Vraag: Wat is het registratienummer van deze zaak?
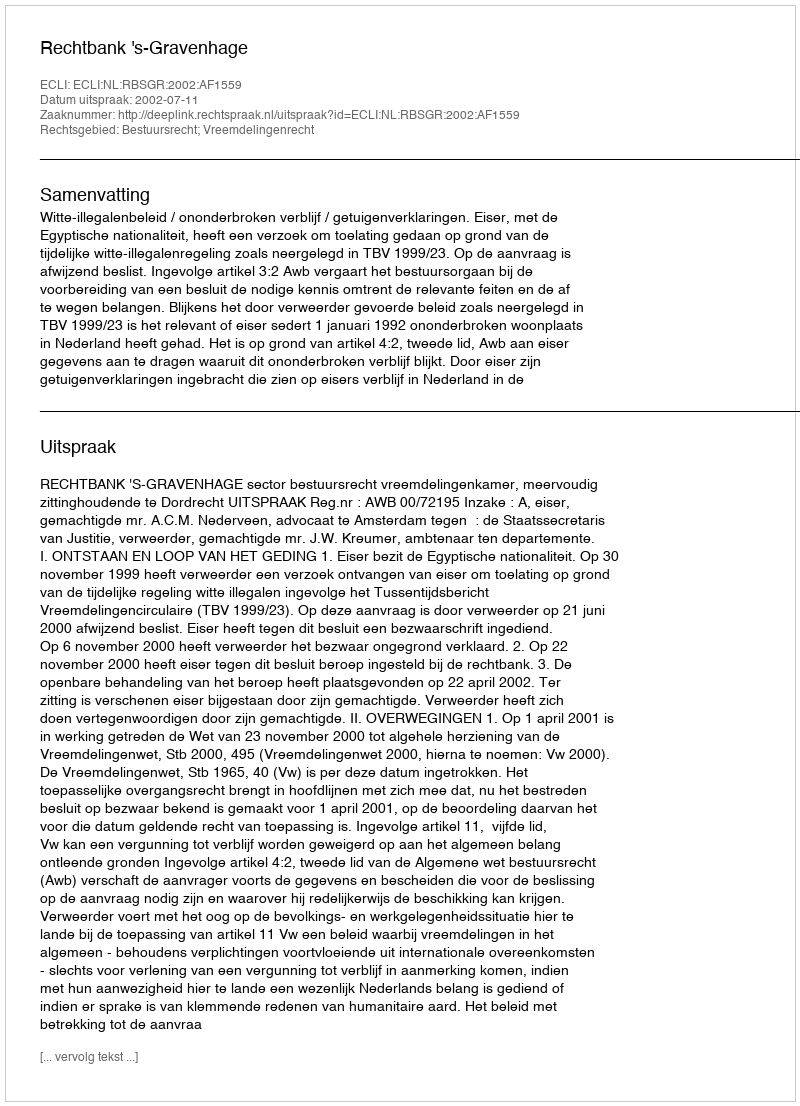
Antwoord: http://deeplink.rechtspraak.nl/uitspraak?id=ECLI:NL:RBSGR:2002:AF1559